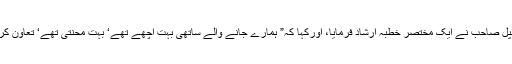
اختتام نشست پر محترم پرنسپل صاحب نے ایک مختصر خطبہ ارشاد فرمایا، اورکہا کہ” ہمارے جانے والے ساتھی بہت اچھے تھے‘ بہت محنتی تھے‘ تعاون کرنے والے تھے‘شریف تھے۔